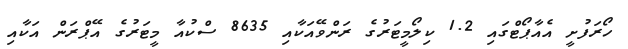
ހޯރަފުށީ އެއާޕޯޓްގައި 1.2 ކިލޯމީޓަރުގެ ރަންވޭއަކާއި 8635 ސްކުއާ މީޓަރުގެ އޭޕްރަން އަކާއި